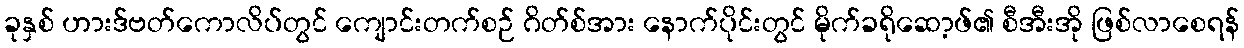
ခုနှစ် ဟားဒ်ဗတ်ကောလိပ်တွင် ကျောင်းတက်စဉ် ဂိတ်စ်အား နောက်ပိုင်းတွင် မိုက်ခရိုဆော့ဖ်၏ စီအီးအို ဖြစ်လာစေရန်